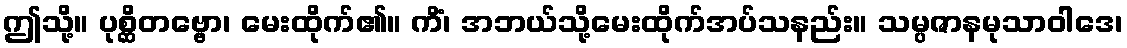
ဤသို့။ ပုစ္ဆိတဗ္ဗော၊ မေးထိုက်၏။ ကိံ၊ အဘယ်သို့မေးထိုက်အပ်သနည်း။ သမ္ပဇာနမုသာဝါဒေ၊